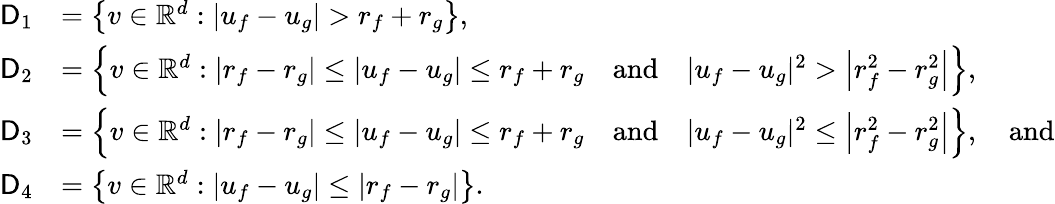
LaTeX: \begin{array}{rl}{\mathsf{D}_{1}}&{=\left\{ v\in\mathbb{R}^{d}:|u_{f}-u_{g}|>r_{f}+r_{g}\right\} ,}\\ {\mathsf{D}_{2}}&{=\left\{ v\in\mathbb{R}^{d}:\left|r_{f}-r_{g}\right|\le|u_{f}-u_{g}|\le r_{f}+r_{g}\quad\mathrm{and}\quad|u_{f}-u_{g}|^{2}>\left|r_{f}^{2}-r_{g}^{2}\right|\right\} ,}\\ {\mathsf{D}_{3}}&{=\left\{ v\in\mathbb{R}^{d}:|r_{f}-r_{g}|\le|u_{f}-u_{g}|\le r_{f}+r_{g}\quad\mathrm{and}\quad|u_{f}-u_{g}|^{2}\le\left|r_{f}^{2}-r_{g}^{2}\right|\right\} ,\quad\mathrm{and}}\\ {\mathsf{D}_{4}}&{=\left\{ v\in\mathbb{R}^{d}:|u_{f}-u_{g}|\le|r_{f}-r_{g}|\right\} .}\end{array}